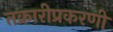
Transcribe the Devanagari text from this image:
तक्रारीप्रकरणी